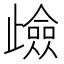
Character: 𭭶